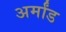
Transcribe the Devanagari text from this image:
अर्मांड